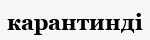
карантинді